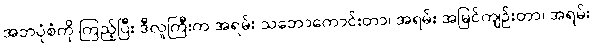
အဘပုံစံကို ကြည့်ပြီး ဒီလူကြီးက အရမ်း သဘောကောင်းတာ၊ အရမ်း အမြင်ကျဉ်းတာ၊ အရမ်း